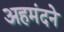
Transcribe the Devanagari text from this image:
अहमंदने